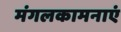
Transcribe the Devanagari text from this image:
मंगलकामनाएं